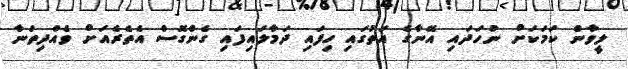
ލީވާން ކަމަކަށް ނުހަދައި އޭނާގެ އަތުގައި ހިފައި ދަމާލައިފައި ގެންގޮސް އެތެރެއަށް ވެއްދިތަނާ